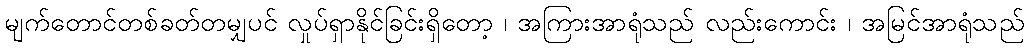
မျက်တောင်တစ်ခတ်တမျှပင် လှုပ်ရှာနိုင်ခြင်းရှိတော့ ၊ အကြားအာရုံသည် လည်းကောင်း ၊ အမြင်အာရုံသည်